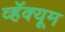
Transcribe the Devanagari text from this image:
व्हॅक्यूम